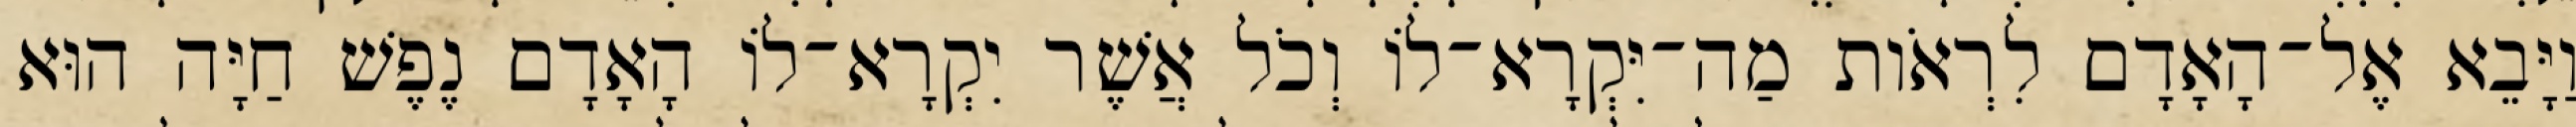
וַיָּבֵא אֶל־הָאָדָם לִרְאֹות מַה־יִּקְרָא־לֹו וְכֹל אֲשֶׁר יִקְרָא־לֹו הָאָדָם נֶפֶשׁ חַיָּה הוּא